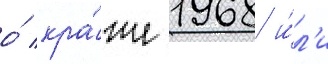
о́ кра́же 1968 и́л'и